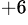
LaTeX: ^{+6}